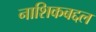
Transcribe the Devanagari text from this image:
नाशिकबद्दल